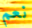
نعم